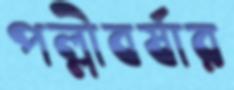
পল্লীবর্ষার